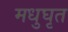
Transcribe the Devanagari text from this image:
मधुघृत